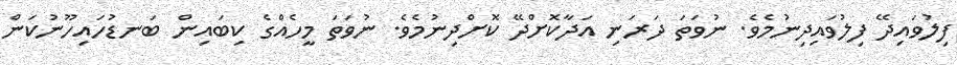
ފިލުވައިދޭ ފިލުވައިދިނުމެވެ. ނުވަތަ ދަރަނި އަދާކޮށްދޭ ކޮށްދިނުމެވެ. ނުވަތަ މީހެއްގެ ކިބައިން ބަނޑުހައިހޫނުކަން